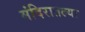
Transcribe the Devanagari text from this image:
मंदिरातल्या